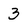
Character: 3